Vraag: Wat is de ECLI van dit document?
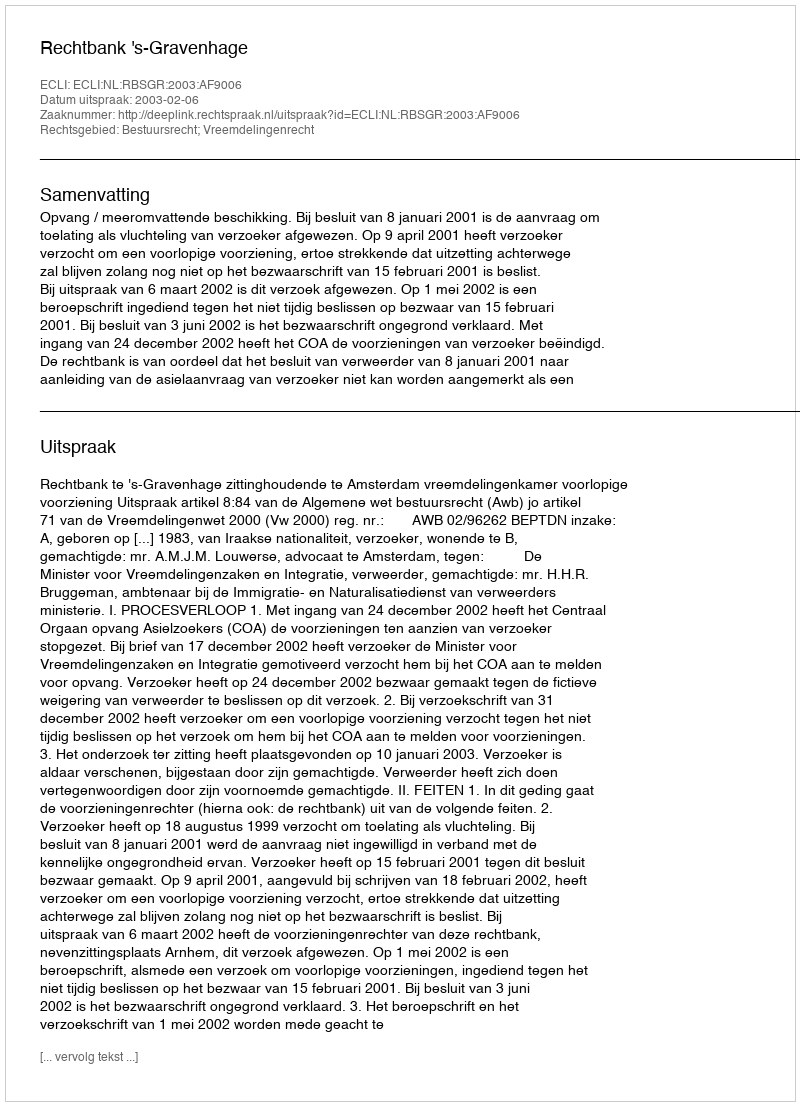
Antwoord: ECLI:NL:RBSGR:2003:AF9006